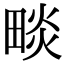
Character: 𤲩